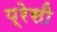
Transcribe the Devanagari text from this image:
प्रेसी